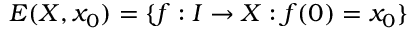
E ( X , x _ { 0 } ) = \{ f : I \to X : f ( 0 ) = x _ { 0 } \}